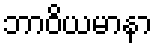
ဘာဝိယမာနာ